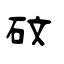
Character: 砇